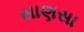
સાણસા